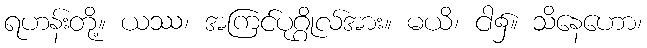
ရဟန်းတို့။ ယဿ၊ အကြင်ပုဂ္ဂိုလ်အား။ မယိ၊ ငါ၌။ သိနေဟော၊